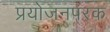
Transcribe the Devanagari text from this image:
प्रयोजनपरक